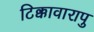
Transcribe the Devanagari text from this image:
टिक्कावारापु